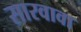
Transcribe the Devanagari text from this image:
सारवावा